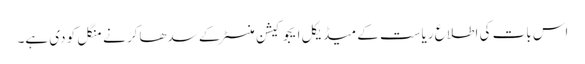
اس بات کی اطلاع ریاست کے میڈیکل ایجوکیشن منسٹر کے سدھاکر نے منگل کو دی ہے۔